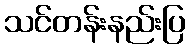
သင်တန်းနည်းပြ